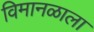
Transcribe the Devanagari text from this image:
विमानळाला